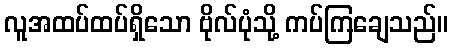
လူအထပ်ထပ်ရှိသော ဗိုလ်ပုံသို့ ကပ်ကြချေသည်။